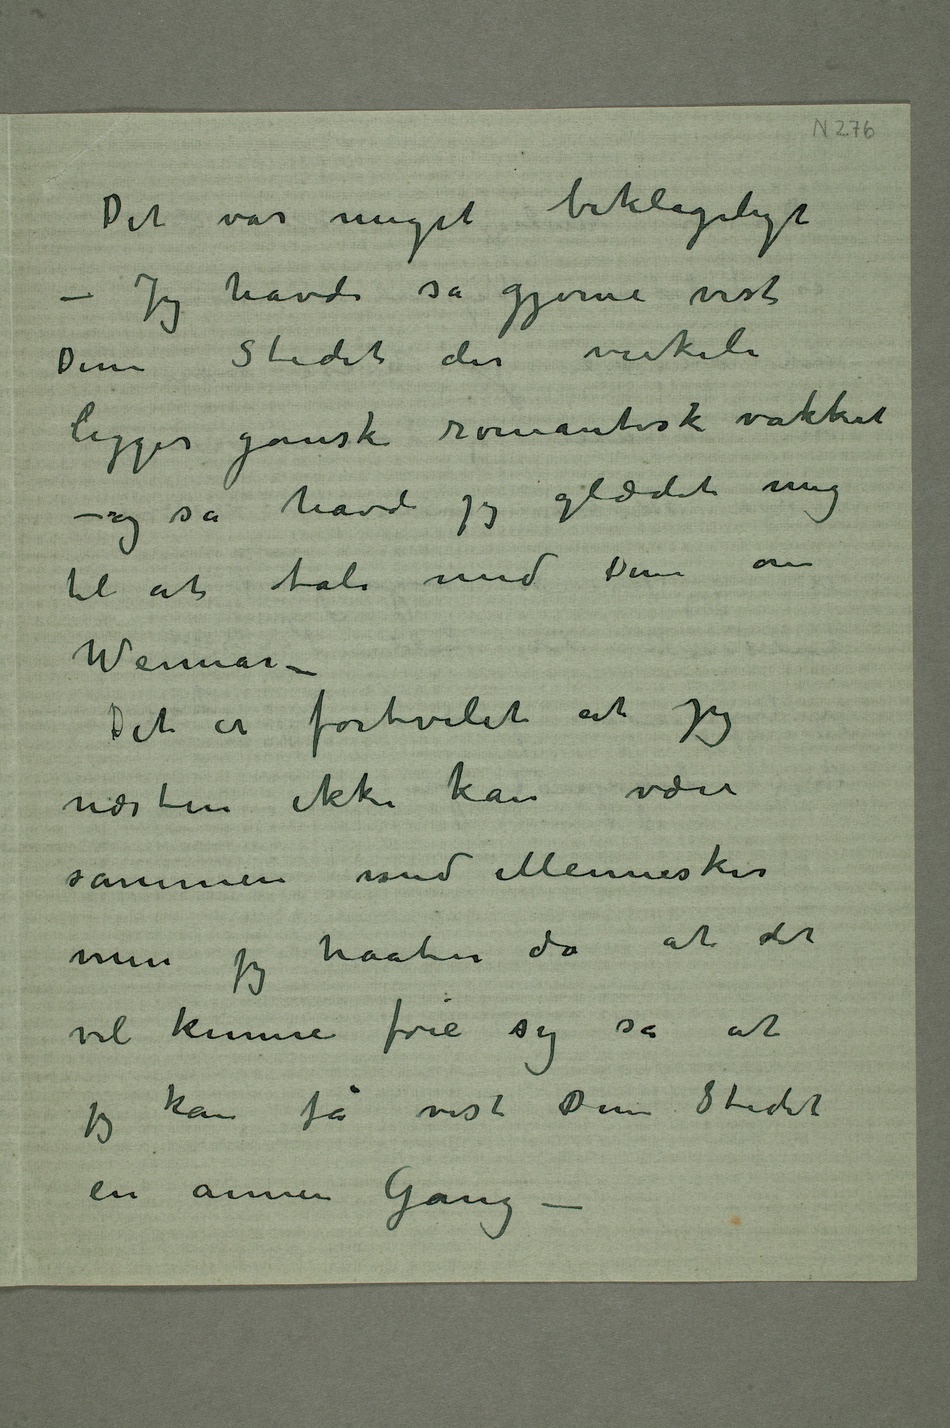
Det var meget beklageligt
– Jeg havde så gjerne vist
Dem Stedet der virkeli
ligger ganske romantisk vakkert –
og så havde jeg glædet mig
til at tale med Dem om
Weimar –
Det er fortvilet at jeg
næsten ikke kan være
sammen med Mennesker
men jeg haaber da at det
vil kunne føie sig så at
jeg kan få vist Dem Stedet
en annen Gang –